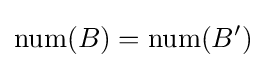
\mathrm {num} (B)=\mathrm {num} (B')